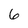
Character: 6